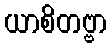
ယာစိတဗ္ဗာ